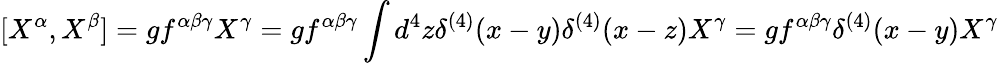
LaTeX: [X^{\alpha},X^{\beta}]=gf^{\alpha\beta\gamma}X^{\gamma}=gf^{\alpha\beta\gamma}\int d^{4}z\delta^{(4)}(x-y)\delta^{(4)}(x-z)X^{\gamma}=gf^{\alpha\beta\gamma}\delta^{(4)}(x-y)X^{\gamma}